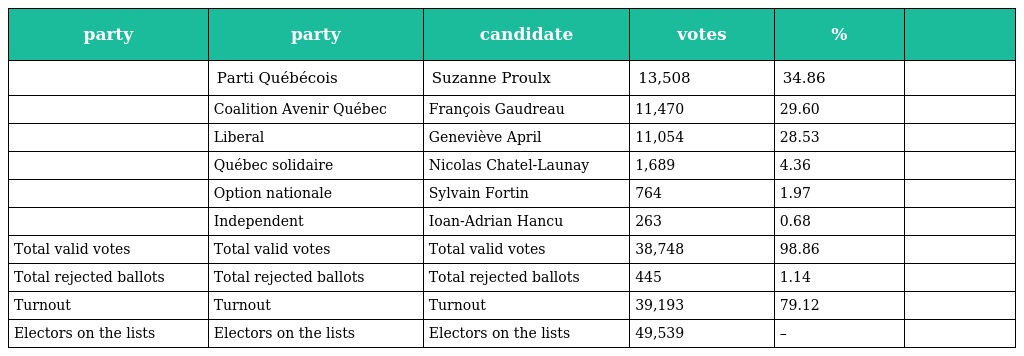
| party | party | candidate | votes | % |  |
 | --- | --- | --- | --- | --- | --- |
 |  | Parti Québécois | Suzanne Proulx | 13,508 | 34.86 |  |
 |  | Coalition Avenir Québec | François Gaudreau | 11,470 | 29.60 |  |
 |  | Liberal | Geneviève April | 11,054 | 28.53 |  |
 |  | Québec solidaire | Nicolas Chatel-Launay | 1,689 | 4.36 |  |
 |  | Option nationale | Sylvain Fortin | 764 | 1.97 |  |
 |  | Independent | Ioan-Adrian Hancu | 263 | 0.68 |  |
 | Total valid votes | Total valid votes | Total valid votes | 38,748 | 98.86 |  |
 | Total rejected ballots | Total rejected ballots | Total rejected ballots | 445 | 1.14 |  |
 | Turnout | Turnout | Turnout | 39,193 | 79.12 |  |
 | Electors on the lists | Electors on the lists | Electors on the lists | 49,539 | – |  |